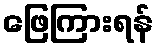
ဖြေကြားရန်